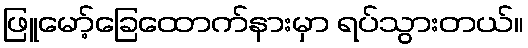
ဖြူမော့်ခြေထောက်နားမှာ ရပ်သွားတယ်။